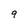
Character: 9